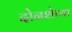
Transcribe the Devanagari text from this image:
दोनशेच्या